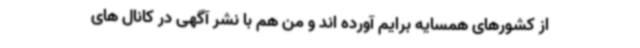
از کشورهای همسایه برایم آورده اند و من هم با نشر آگهی در کانال های